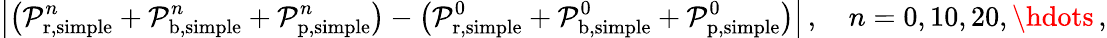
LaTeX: \left|\left(\mathcal P_{\mathrm{r},\mathrm{simple}}^{n}+\mathcal P_{\mathrm{b},\mathrm{simple}}^{n}+\mathcal P_{\mathrm{p},\mathrm{simple}}^{n}\right)-\left(\mathcal P_{\mathrm{r},\mathrm{simple}}^{0}+\mathcal P_{\mathrm{b},\mathrm{simple}}^{0}+\mathcal P_{\mathrm{p},\mathrm{simple}}^{0}\right)\right|\, ,\quad n=0,10,20,\hdots\, ,